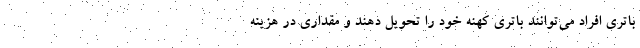
باتری افراد می‌توانند باتری کهنه خود را تحویل دهند و مقداری در هزینه